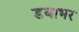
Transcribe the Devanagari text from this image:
डबाभर